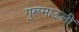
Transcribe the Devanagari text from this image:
गुरूमाऊली